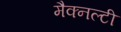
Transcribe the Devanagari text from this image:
मैक्नल्टी